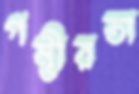
গম্ভীরতা